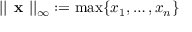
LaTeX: | | { \textbf { x } } | | _ { \infty } : = \operatorname* { m a x } \{ x _ { 1 } , \dots , x _ { n } \}